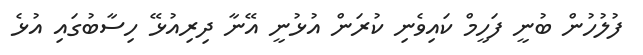
ފުލުހުން ބުނީ ފަހީމް ކައިވެނި ކުރަން އުޅުނީ އޭނާ ދިރިއުޅޭ ހިސާބުގައި އުޅެ